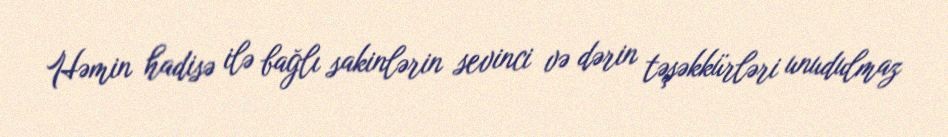
Həmin hadisə ilə bağlı sakinlərin sevinci və dərin təşəkkürləri unudulmaz